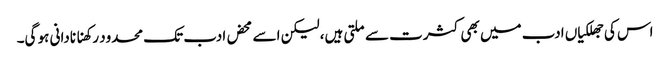
اس کی جھلکیاں ادب میں بھی کثرت سے ملتی ہیں، لیکن اسے محض ادب تک محدود رکھنا نادانی ہو گی۔